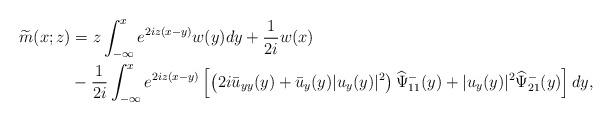
LaTeX: \begin{align*}\begin{aligned}\widetilde{m}(x;z)&=z\int_{-\infty}^{x} e^{2 iz(x-y)} w(y) d y+\frac{1}{2i} w(x) \\&-\frac{1}{2 i}\int_{-\infty}^xe^{2iz(x-y)}\left[\left(2i\bar{u}_{yy}(y)+\bar{u}_y(y)|u_y(y)|^{2}\right)\widehat{\Psi}^-_{11}(y)+|u_y(y)|^2 \widehat{\Psi}^-_{21}(y)\right] dy,\end{aligned}\end{align*}